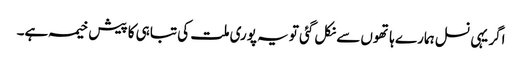
اگر یہی نسل ہمارے ہاتھوں سے نکل گئی تو یہ پوری ملت کی تباہی کا پیش خیمہ ہے۔